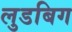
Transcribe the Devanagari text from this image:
लुडबिग